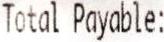
TOTAL PAYABLE: